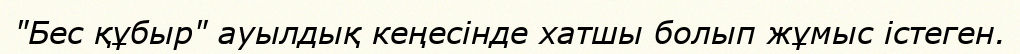
"Бес құбыр" ауылдық кеңесінде хатшы болып жұмыс істеген.